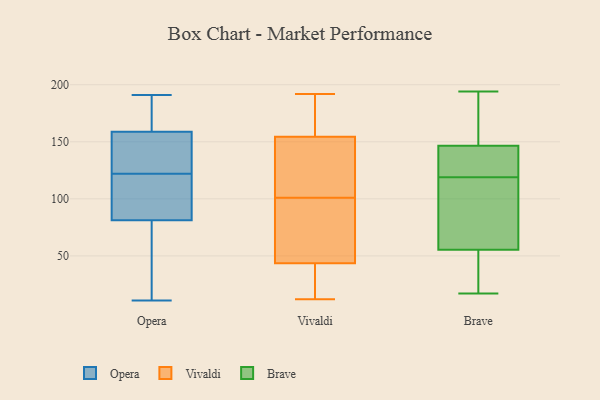
{"axis": {"x": "Operating Costs (USD K)", "y": "Value"}, "legend": ["Brave", "Opera", "Vivaldi"], "data": [{"x": "", "y": 175, "type": "Opera"}, {"x": "", "y": 52, "type": "Opera"}, {"x": "", "y": 161, "type": "Opera"}, {"x": "", "y": 152, "type": "Opera"}, {"x": "", "y": 11, "type": "Opera"}, {"x": "", "y": 122, "type": "Opera"}, {"x": "", "y": 191, "type": "Opera"}, {"x": "", "y": 146, "type": "Opera"}, {"x": "", "y": 88, "type": "Opera"}, {"x": "", "y": 82, "type": "Opera"}, {"x": "", "y": 81, "type": "Opera"}, {"x": "", "y": 22, "type": "Vivaldi"}, {"x": "", "y": 116, "type": "Vivaldi"}, {"x": "", "y": 180, "type": "Vivaldi"}, {"x": "", "y": 168, "type": "Vivaldi"}, {"x": "", "y": 18, "type": "Vivaldi"}, {"x": "", "y": 65, "type": "Vivaldi"}, {"x": "", "y": 91, "type": "Vivaldi"}, {"x": "", "y": 125, "type": "Vivaldi"}, {"x": "", "y": 141, "type": "Vivaldi"}, {"x": "", "y": 12, "type": "Vivaldi"}, {"x": "", "y": 192, "type": "Vivaldi"}, {"x": "", "y": 172, "type": "Vivaldi"}, {"x": "", "y": 60, "type": "Vivaldi"}, {"x": "", "y": 111, "type": "Vivaldi"}, {"x": "", "y": 62, "type": "Vivaldi"}, {"x": "", "y": 27, "type": "Vivaldi"}, {"x": "", "y": 137, "type": "Brave"}, {"x": "", "y": 149, "type": "Brave"}, {"x": "", "y": 122, "type": "Brave"}, {"x": "", "y": 119, "type": "Brave"}, {"x": "", "y": 110, "type": "Brave"}, {"x": "", "y": 153, "type": "Brave"}, {"x": "", "y": 108, "type": "Brave"}, {"x": "", "y": 183, "type": "Brave"}, {"x": "", "y": 119, "type": "Brave"}, {"x": "", "y": 125, "type": "Brave"}, {"x": "", "y": 38, "type": "Brave"}, {"x": "", "y": 24, "type": "Brave"}, {"x": "", "y": 187, "type": "Brave"}, {"x": "", "y": 194, "type": "Brave"}, {"x": "", "y": 69, "type": "Brave"}, {"x": "", "y": 17, "type": "Brave"}, {"x": "", "y": 84, "type": "Brave"}, {"x": "", "y": 144, "type": "Brave"}, {"x": "", "y": 21, "type": "Brave"}, {"x": "", "y": 42, "type": "Brave"}]}